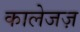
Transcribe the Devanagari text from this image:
कालेजज़